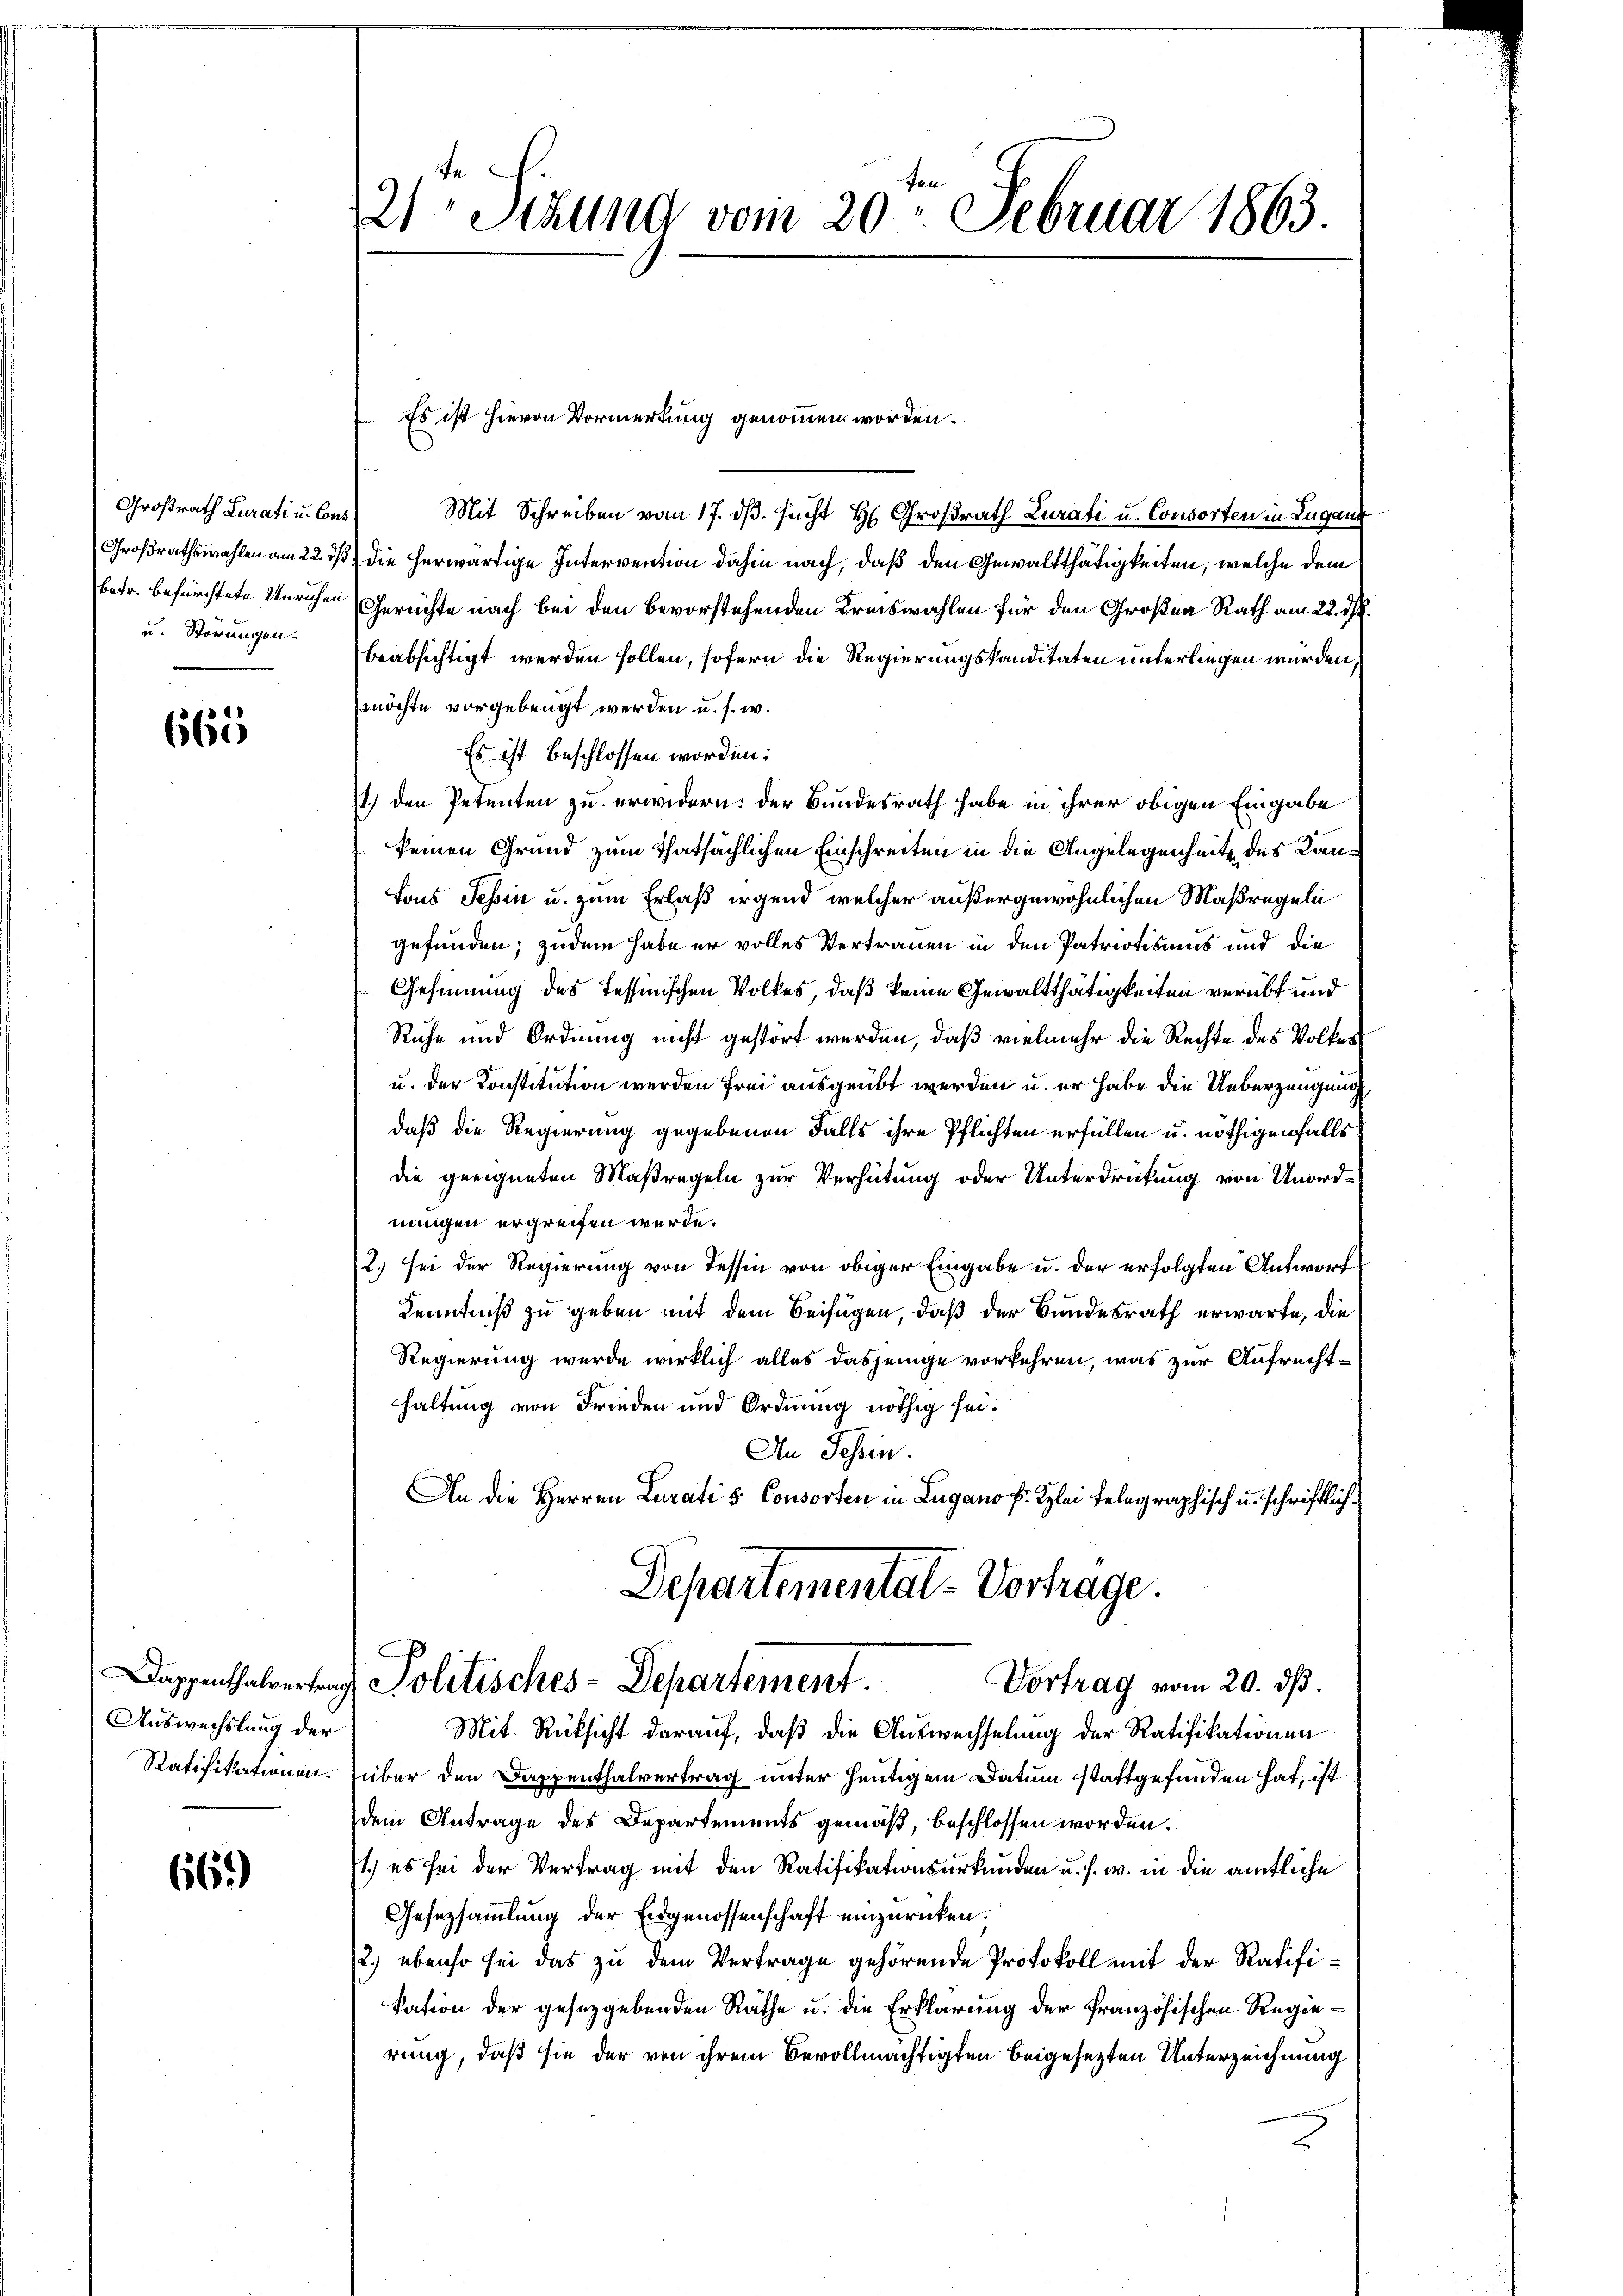
Großrath Lurati u. Cons
Großrathswahlen am 22. ds.
betr. befürchtete Unruhen
u. Störungen.

665

Auswechstung der
Ratifikationen.

66)

21te Sitzung vom 20. Februar 1863.

Mit Schreiben vom 17. dβ. sucht H. Großrath Zurati u. Consorten in Luganz
die herwärtige Intervention dahin nach, daß den Gewaltthätigkeiten, welche dem
Gerichte nach bei den bevorstehenden Kreiswahlen für den Großen Rath am 22. ds.
beabsichtigt werden sollen, sofern die Regierungskanditäten unterliegen wurden,
möchte vorgebeugt werden u. s. w.
Es ist beschlossen worden:
1.) den Petenten zu erwidern: der Bundesrath habe in ihrer obigen Eingabe
keinen Grund zum Thatsächlichen Einschreiten in die Angelegenheite des Kan¬
Tons Tessin u. zum Erlaß irgend welcher außergewöhnlichen Maßregeln
gefunden; zudem habe er volles Vertrauen in den Patriotismus und die
Gesinnung des Tessinischen Volkes, daß keine Gewaltthätigkeiten verübt und
Ruhe und Ordnung nicht gestört werden, daß vielmehr die Rechte des Volkes
u. der Konstitution werden frei ausgeübt werden u. er habe die Ueberzeugung
daß die Regierung gegebenen Falls ihre Pflichten erfüllen u. nöthigenfalls
die geeigneten Maßregeln zur Verhütung oder Unterdrückung von Unordnungen ergreifen werde.
2.) sei der Regierung von Tessin von obiger Eingabe u. der erfolgten Antworf
Kenntniß zu geben mit dem Beifügen, daß der Bundesrath erwarte, die¬
Regierung wurde wirklich alles dasjenige vorkehren, was zur Aufrechthaltung von Frieden und Ordnung nöthig sei.
An Tessin.
An die Herren Curatis Consorten in Lugano f. Klei telegraphisch u. schriftlich¬
Departemental-Vortrage.
Dappenthalvertrag Politisches-Departement.
Vortrag vom 20. ds
Mit Rücksicht darauf, daß die Auswechselung der Ratifikationen
über den Dappenthalvertrag unter heutigem Datum stattgefunden hat, ist
dem Antrage des Departements gemäß, beschlossen worden.
1.) es sei der Vertrag mit den Ratifikationsurkunden u. s. w. in die amtliche
Gesetzsammlung der Eidgenossenschaft einzurücken.
2) ebenso sei das zu dem Vertrage gehörende Protokoll mit der Ratifikation der gesetzgebenden Räthe u. die Erklärung der französischen Regierung, daß sie der von ihrem Bevollmächtigten beigesezten Unterzeichnung

Es ist hievon Vormerkung genommen worden.